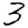
Digit: 3